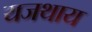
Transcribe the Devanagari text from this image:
यजथाय